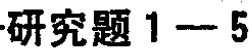
研究题 1---5